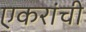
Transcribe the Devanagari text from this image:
एकरांची